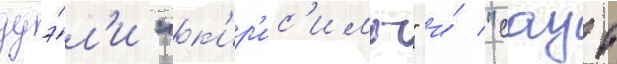
дуэ́л'и "к'ир'ис'имы" и́ "саут